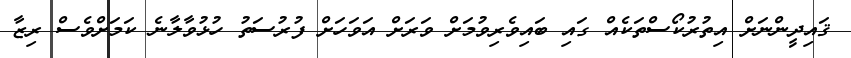
ޤައިދީންނަށް އިތުރުކޯސްތަކެއް ގައި ބައިވެރިވުމަށް ވަރަށް އަވަހަށް ފުރުސަތު ހުޅުވާލާނެ ކަމަށްވެސް ރިޒާ